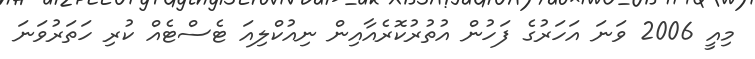
މިއީ 2006 ވަނަ އަހަރުގެ ފަހުން އުުތުރުކޮރެއާއިން ނިއުކްލިއަ ޓެސްޓެއް ކުރި ހަތަރުވަނަ